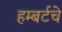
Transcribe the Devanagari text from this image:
हम्बर्टचे